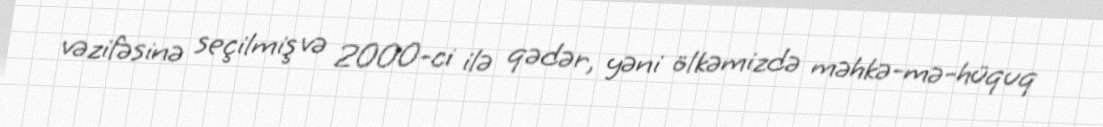
vəzifəsinə seçilmiş və 2000-ci ilə qədər, yəni ölkəmizdə məhkə-mə-hüquq